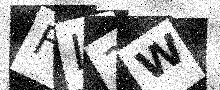
Text: FI3W